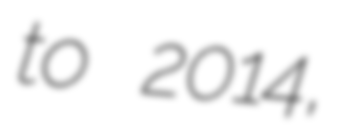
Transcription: to 2014,